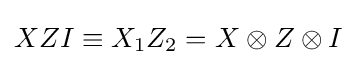
XZI\equiv X_{1}Z_{2}=X\otimes Z\otimes I